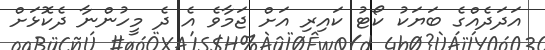
އަދަދެއްގެ ބަޔަކު ކޯޓު ކައިރި އަށް ޖަމާވެ އެ ދެ މީހުންނާ ދެކޮޅަށް